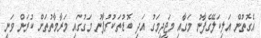
އެގޮތުން އަލިކަލޭގެފާނު މަގާއި މަޖީދީމަގު އަދި ބޮޑުތަކުރުފާނު މަގުގައި މަރާމާތުތަށް ކުރަން ވަނީ